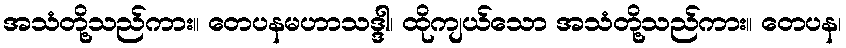
အသံတို့သည်ကား။ တေပနမဟာသဒ္ဒါ၊ ထိုကျယ်သော အသံတို့သည်ကား။ တေပန၊